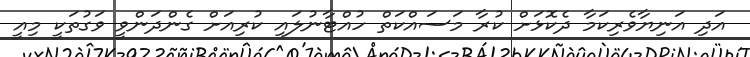
އަދި އަނިޔާވެރިކަމާ ދެކޮޅަށް ކުރާ މަސައްކަތް ހުއްޓާނުލައި ކުރިއަށް ގެންދަންވީ ވަގުތަކީ މިއީ